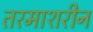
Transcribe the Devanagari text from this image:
तरमाशरीन